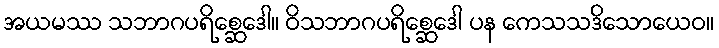
အယမဿ သဘာဂပရိစ္ဆေဒေါ။ ဝိသဘာဂပရိစ္ဆေဒေါ ပန ကေသသဒိသောယေဝ။